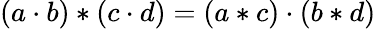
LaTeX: \left(a\cdot b\right)*\left(c\cdot d\right)=\left(a*c\right)\cdot\left(b*d\right)